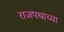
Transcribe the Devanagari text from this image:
राजपथाच्या